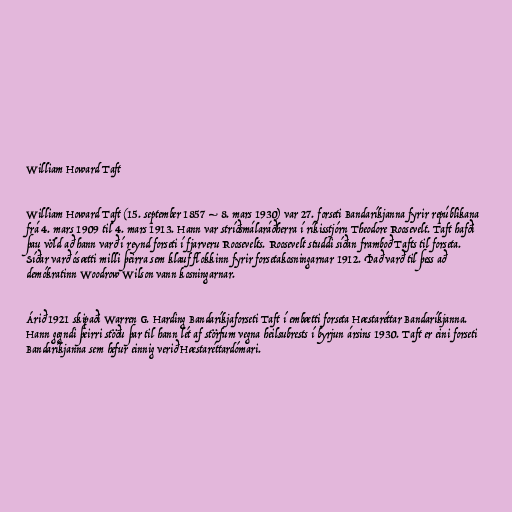
William Howard Taft

William Howard Taft (15. september 1857 – 8. mars 1930) var 27. forseti Bandaríkjanna fyrir repúblikana
frá 4. mars 1909 til 4. mars 1913. Hann var stríðsmálaráðherra í ríkisstjórn Theodore Roosevelt. Taft hafði
þau völd að hann varð í reynd forseti í fjarveru Roosevelts. Roosevelt studdi síðan framboð Tafts til forseta.
Síðar varð ósætti milli þeirra sem klauf flokkinn fyrir forsetakosningarnar 1912. Það varð til þess að
demókratinn Woodrow Wilson vann kosningarnar.

Árið 1921 skipaði Warren G. Harding Bandaríkjaforseti Taft í embætti forseta Hæstaréttar Bandaríkjanna.
Hann gegndi þeirri stöðu þar til hann lét af störfum vegna heilsubrests í byrjun ársins 1930. Taft er eini forseti
Bandaríkjanna sem hefur einnig verið Hæstaréttardómari.